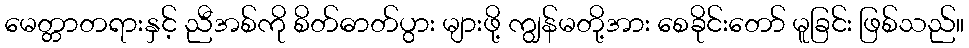
မေတ္တာတရားနှင့် ညီအစ်ကို စိတ်ဓာတ်ပွား များဖို့ ကျွန်မတို့အား စေခိုင်းတော် မူခြင်း ဖြစ်သည်။